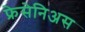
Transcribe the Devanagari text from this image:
फ्रेसेनिअस